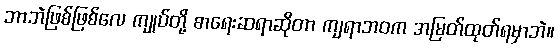
ဘာဘဲဖြစ်ဖြစ်လေ ကျုပ်တို့ စာရေးဆရာဆိုတာ ကျရာဘဝက အမြတ်ထုတ်ရမှာဘဲ။